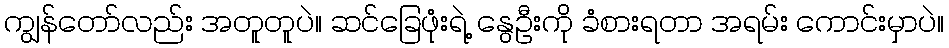
ကျွန်တော်လည်း အတူတူပဲ။ ဆင်ခြေဖုံးရဲ့ နွေဦးကို ခံစားရတာ အရမ်း ကောင်းမှာပဲ။